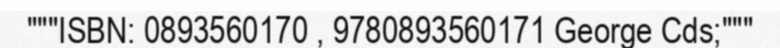
"""ISBN: 0893560170 , 9780893560171 George Cds;"""